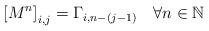
LaTeX: \begin{align*}\left[ M^n \right]_{i,j} = \Gamma_{i,n-(j-1)} ~~~ \forall n \in \mathbb{N}\end{align*}